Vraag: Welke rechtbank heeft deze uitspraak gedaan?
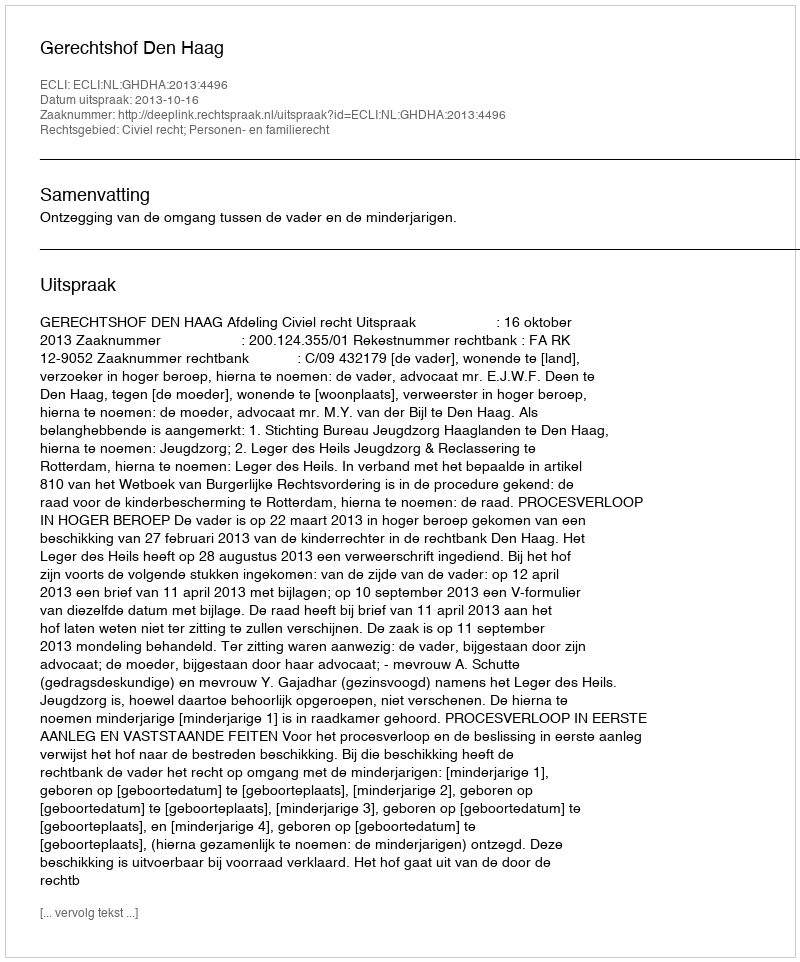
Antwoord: Gerechtshof Den Haag